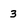
Character: 3